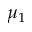
\mu _ { 1 }